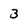
Character: 3